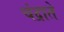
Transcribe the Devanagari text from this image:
चंद्राते